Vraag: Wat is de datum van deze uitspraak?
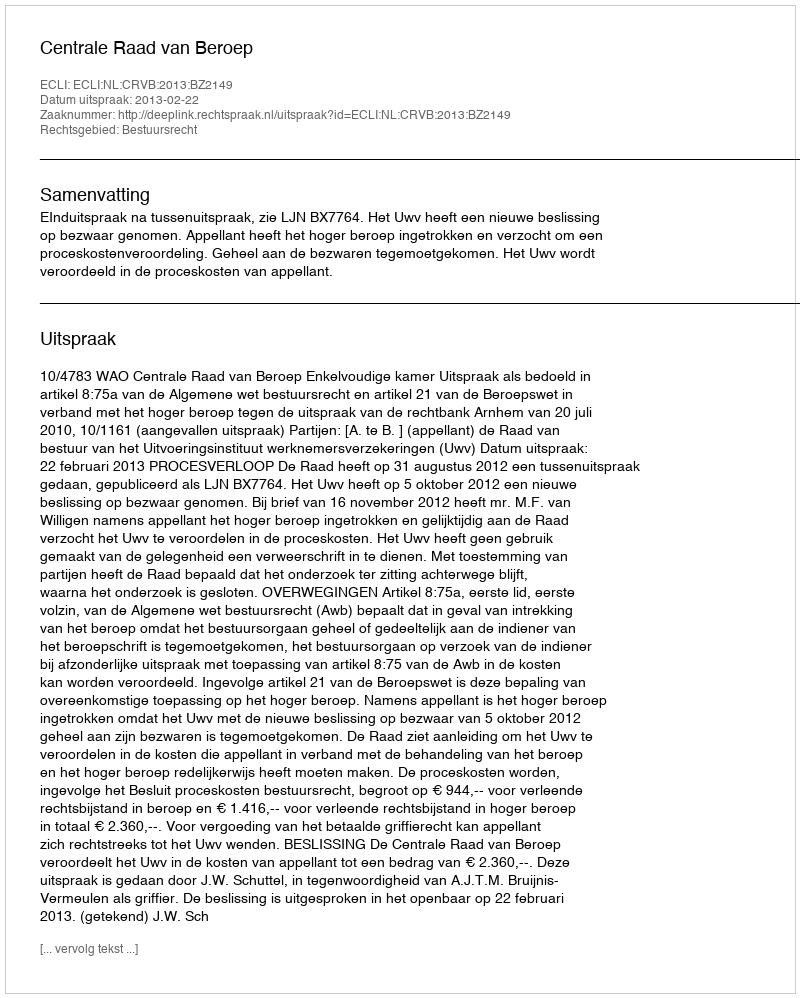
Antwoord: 2013-02-22